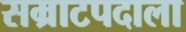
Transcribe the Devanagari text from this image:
सम्राटपदाला